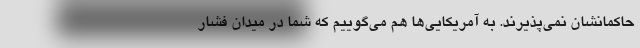
حاکمانشان نمی‌پذیرند. به آمریکایی‌ها هم می‌گوییم که شما در میدان فشار